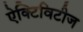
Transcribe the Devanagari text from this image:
ऐक्टिविटीज